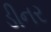
ડીનર